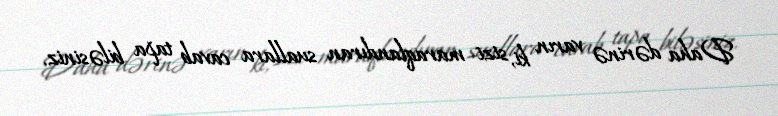
Daha dərinə varın ki, sizi maraqlandıran suallara cavab tapa biləsiniz.